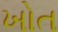
ખોત